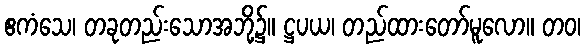
ဧကံသေ၊ တခုတည်းသောအဘို့၌။ ဋ္ဌပယ၊ တည်ထားတော်မူလော။ တဝ၊